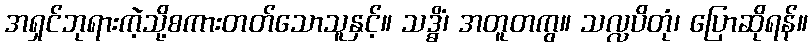
အရှင်ဘုရားကဲ့သို့စကားတတ်သောသူနှင့်။ သဒ္ဓိံ၊ အတူတကွ။ သလ္လပိတုံ၊ ပြောဆိုရန်။